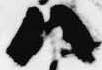
八